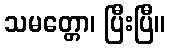
သမတ္တော၊ ပြီးပြီ။